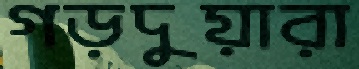
গড়দুয়ারা